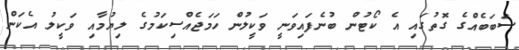
ސަބަބެއްގެ ގޮތުގައި އެ ކޯޓުން ބުނެފައިވަނީ ވަކީލުން ހަމަޖެއްސިކަމުގެ ލިޔުމާއި ވަކީލު އެކަން